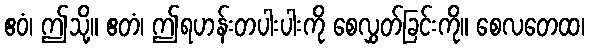
ဧဝံ၊ ဤသို့။ ဧတံ၊ ဤရဟန်းတပါးပါးကို စေလွှတ်ခြင်းကို။ စေလတေထ၊